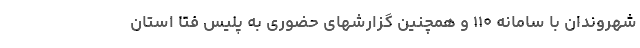
شهروندان با سامانه ۱۱۰ و همچنین گزارشهای حضوری به پلیس فتا استان